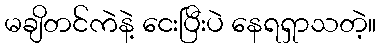
မချိတင်ကဲနဲ့ ငေးပြီးပဲ နေရရှာသတဲ့။